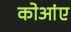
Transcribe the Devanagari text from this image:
कोआंए